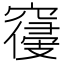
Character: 𱷔